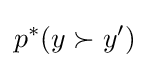
p^{*}(y\succ y')